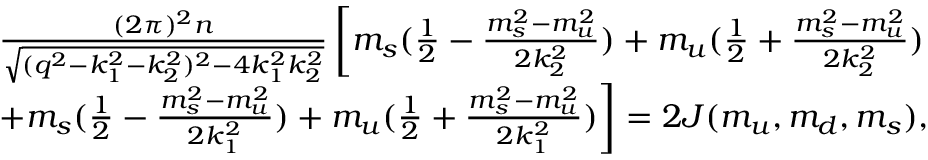
\begin{array} { r l r } & { } & { \frac { ( 2 \pi ) ^ { 2 } n } { \sqrt { ( q ^ { 2 } - k _ { 1 } ^ { 2 } - k _ { 2 } ^ { 2 } ) ^ { 2 } - 4 k _ { 1 } ^ { 2 } k _ { 2 } ^ { 2 } } } \left[ m _ { s } ( \frac { 1 } { 2 } - \frac { m _ { s } ^ { 2 } - m _ { u } ^ { 2 } } { 2 k _ { 2 } ^ { 2 } } ) + m _ { u } ( \frac { 1 } { 2 } + \frac { m _ { s } ^ { 2 } - m _ { u } ^ { 2 } } { 2 k _ { 2 } ^ { 2 } } ) \right. } \\ & { } & { \left. + m _ { s } ( \frac { 1 } { 2 } - \frac { m _ { s } ^ { 2 } - m _ { u } ^ { 2 } } { 2 k _ { 1 } ^ { 2 } } ) + m _ { u } ( \frac { 1 } { 2 } + \frac { m _ { s } ^ { 2 } - m _ { u } ^ { 2 } } { 2 k _ { 1 } ^ { 2 } } ) \right] = 2 J ( m _ { u } , m _ { d } , m _ { s } ) , } \end{array}